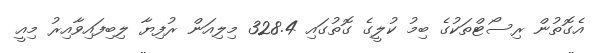
އެގޮތުން ރިސޯޓްތަކުގެ ބިމު ކުލީގެ ގޮތުގައި 328.4 މިލިއަން ރުފިޔާ ލިބިފައިވާއިރު މިއީ